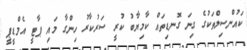
ކައުންސިލްތަކުގެ ގިނަ ގޮނޑިތައް ކާމިޔާބު ކުރީ ސަރުކާރު ހިންގާ މައި ޕާޓީ އެމްޑީޕީ